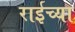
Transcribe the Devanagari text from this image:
राईच्या